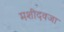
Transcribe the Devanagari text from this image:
मशीदवजा